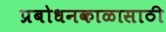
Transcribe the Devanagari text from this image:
प्रबोधनकाळासाठी